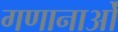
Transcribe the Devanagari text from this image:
गणानाओं